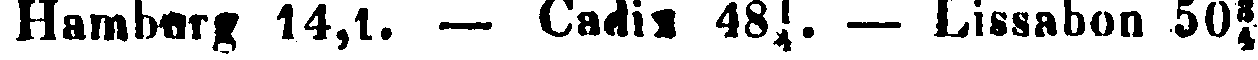
Hamberg 14,1. — Cadix 48¼. — Lissabon 50¾.